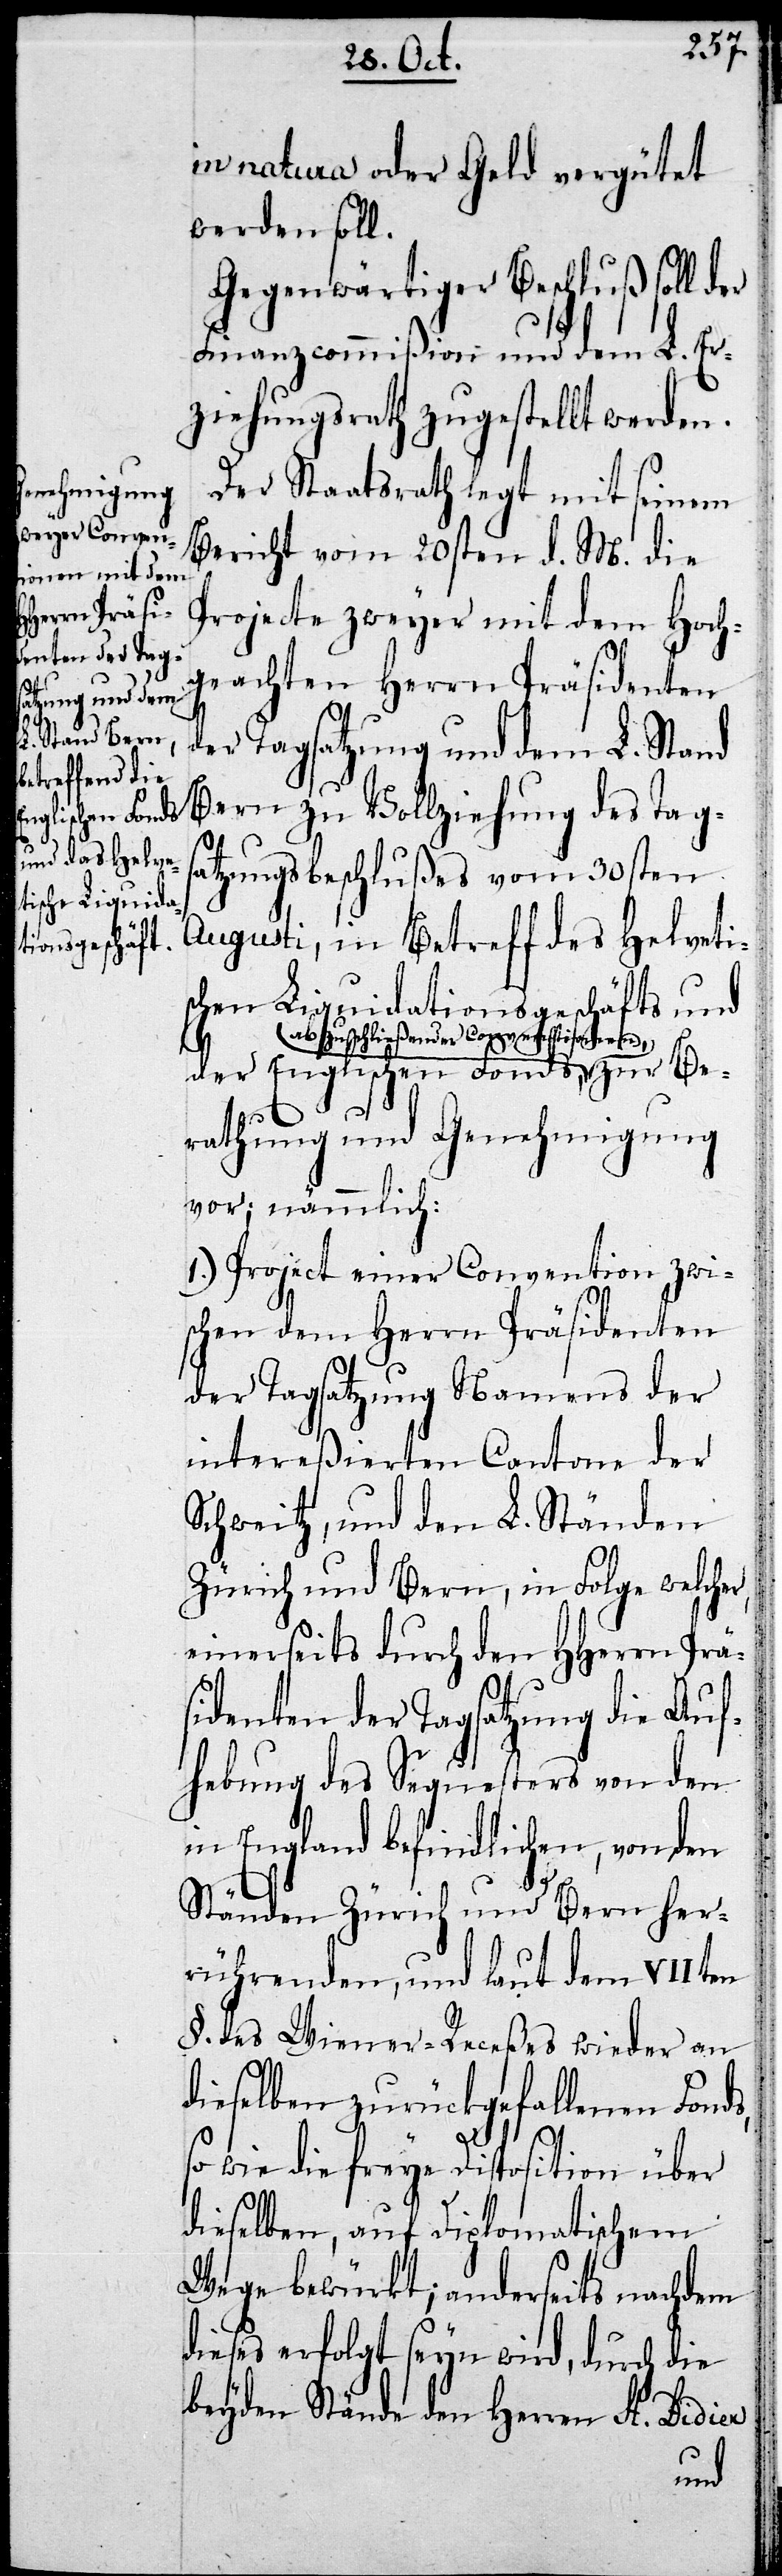
Englischen Fonds,

in natura oder Geld vergütet
werden soll.
Gegenwärtiger Beschluß soll der
Finanzcommißion und dem L. Er¬
ziehungsrath zugestellt werden.
Der Staatsarth legt mit seinem
Bericht vom 20sten d. M. die
Projecte zweyer mit dem Hoch¬
geachten Herrn Präsidenten
der Tagsatzung und dem L. Stand
Bern zu Vollziehung des Tags¬
atzungsbeschlußes vom 30sten
Augusti, in Betreff des Helvetis¬
chen Liquidationsgeschäfts und
abzuschließenden Conventionen, zur Be¬
rathung und Genehmigung
vor; nämmlich:
1.) Project einer Convention zwi¬
schen dem Herrn Präsidenten
der Tagsatzung Namens der
intereßierten Cantone der
Schweitz, und den L. Ständen
Zürich und Bern, in Folge welcher,
einerseits durch den HHerrn Prä¬
sidenten der Tagsatzung die Auf¬
hebung des Sequesters von den
in England befindlichen, von den
Ständen Zürich und Bern her¬
rührenden, und laut dem VIIten
§. des Wiener-Receßes wieder an
dieselben zurückgefallenen Fonds,
so wie die freye Disposition über
dieselben, auf Diplomatischem
Wege bewürkt; anderseits nachdem
dieses erfolgt seyn wird; durch die
beyden Stände den Herren St. Didier